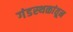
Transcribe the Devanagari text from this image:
गंडस्थळांतून